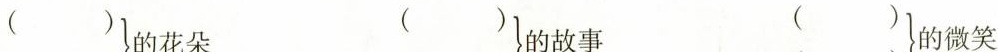
( )的花朵 ( )的故事 ( )的微笑